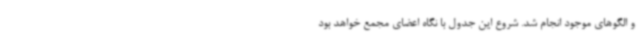
و الگوهای موجود انجام شد. شروع این جدول با نگاه اعضای مجمع خواهد بود